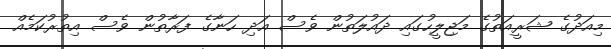
މިއަދުގެ ޝަރީއަތުގެ މަޖިލީހުގައި ދައުލަތުން ވެސް އަދި ހަނާގެ ފަރާތުން ވެސް އިތުރުކަމެއް